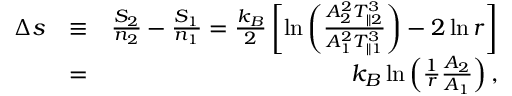
\begin{array} { r l r } { \Delta s } & { \equiv } & { \frac { S _ { 2 } } { n _ { 2 } } - \frac { S _ { 1 } } { n _ { 1 } } = \frac { k _ { B } } { 2 } \left[ \ln \left( \frac { A _ { 2 } ^ { 2 } T _ { \parallel 2 } ^ { 3 } } { A _ { 1 } ^ { 2 } T _ { \parallel 1 } ^ { 3 } } \right) - 2 \ln r \right] } \\ & { = } & { k _ { B } \ln \left( \frac { 1 } { r } \frac { A _ { 2 } } { A _ { 1 } } \right) , } \end{array}